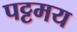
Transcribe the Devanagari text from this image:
पट्टमय